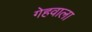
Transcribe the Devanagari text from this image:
गेहवाला